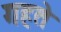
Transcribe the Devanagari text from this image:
गहते